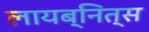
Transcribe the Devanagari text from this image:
लायब्नित्स